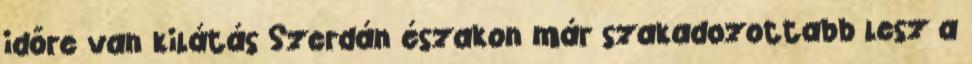
időre van kilátás Szerdán északon már szakadozottabb lesz a